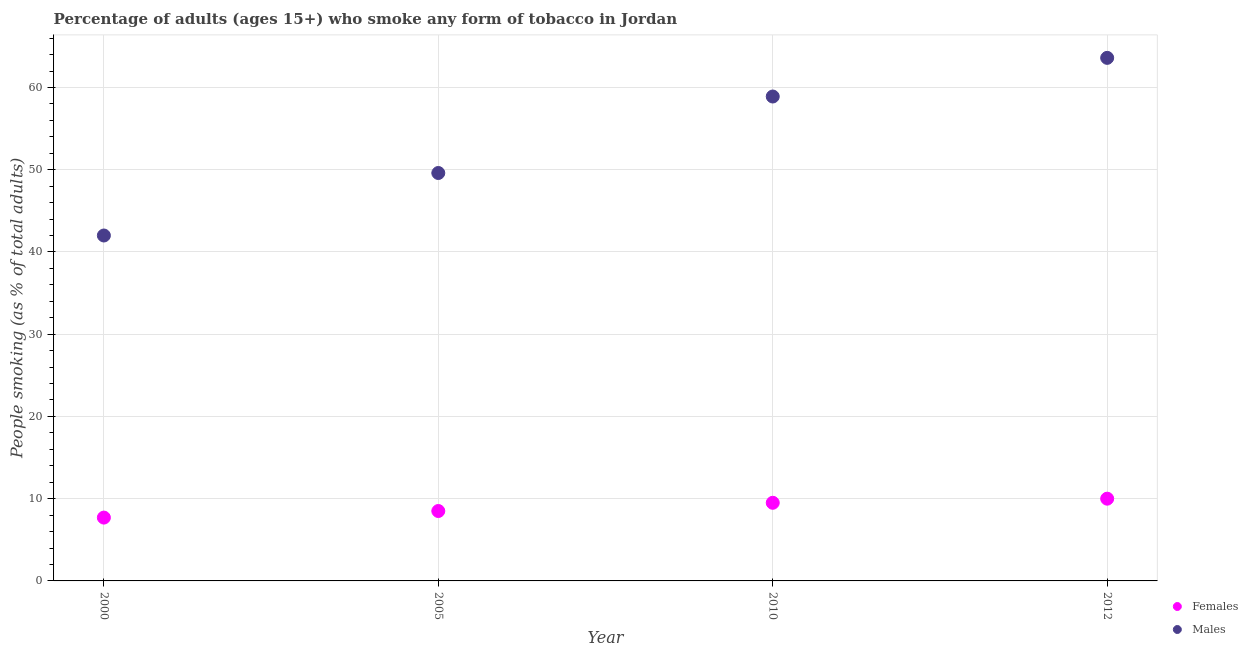
| Year | Females | Males |
 | --- | --- | --- |
 | 2000 | 7.7 | 42 |
 | 2005 | 8.5 | 49.6 |
 | 2010 | 9.5 | 58.9 |
 | 2012 | 10 | 63.6 |